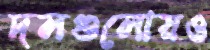
দলগুলোয়ও